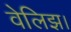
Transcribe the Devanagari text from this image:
वेलिझ।